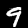
Digit: 9